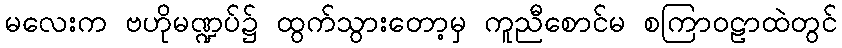
မလေးက ဗဟိုမဏ္ဍပ်၌ ထွက်သွားတော့မှ ကူညီစောင်မ စကြာဝဠာထဲတွင်